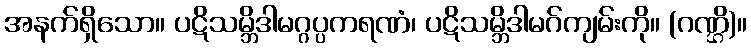
အနက်ရှိသော။ ပဋိသမ္ဘိဒါမဂ္ဂပ္ပကရဏံ၊ ပဋိသမ္ဘိဒါမဂ်ကျမ်းကို။ (ဂဏ္ဌိ)။